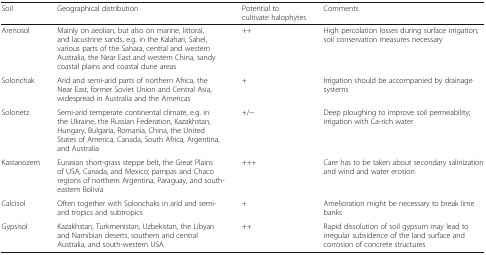
| Soil | Geographical distribution | Potential to cultivate halophytes | Comments |
 | --- | --- | --- | --- |
 | Arenosol | Mainly on aeolian, but also on marine, littoral, and lacustrine sands, e.g. in the Kalahari, Sahel, various parts of the Sahara, central and western Australia, the Near East and western China, sandy coastal plains and coastal dune areas | ++ | High percolation losses during surface irrigation; soil conservation measures necessary |
 | Solonchak | Arid and semi-arid parts of northern Africa, the Near East, former Soviet Union and Central Asia, widespread in Australia and the Americas | + | Irrigation should be accompanied by drainage systems |
 | Solonetz | Semi-arid temperate continental climate, e.g. in the Ukraine, the Russian Federation, Kazakhstan, Hungary, Bulgaria, Romania, China, the United States of America, Canada, South Africa, Argentina, and Australia | +/− | Deep ploughing to improve soil permeability; irrigation with Ca-rich water |
 | Kastanozem | Eurasian short-grass steppe belt, the Great Plains of USA, Canada, and Mexico; pampas and Chaco regions of northern Argentina, Paraguay, and south-eastern Bolivia | +++ | Care has to be taken about secondary salinization and wind and water erosion |
 | Calcisol | Often together with Solonchaks in arid and semi-arid tropics and subtropics | + | Amelioration might be necessary to break lime banks |
 | Gypsisol | Kazakhstan, Turkmenistan, Uzbekistan, the Libyan and Namibian deserts, southern and central Australia, and south-western USA | ++ | Rapid dissolution of soil gypsum may lead to irregular subsidence of the land surface and corrosion of concrete structures |